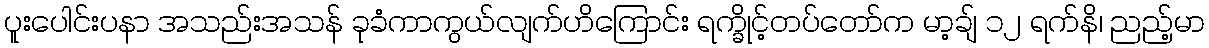
ပူးပေါင်းပနာ အသည်းအသန် ခုခံကာကွယ်လျက်ဟိကြောင်း ရက္ခိုင့်တပ်တော်က မာ့ချ် ၁၂ ရက်နိ၊ ညည့်မာ